Report on vaccination in Madras 1895-1903 - 1895-1903
Year: 1895
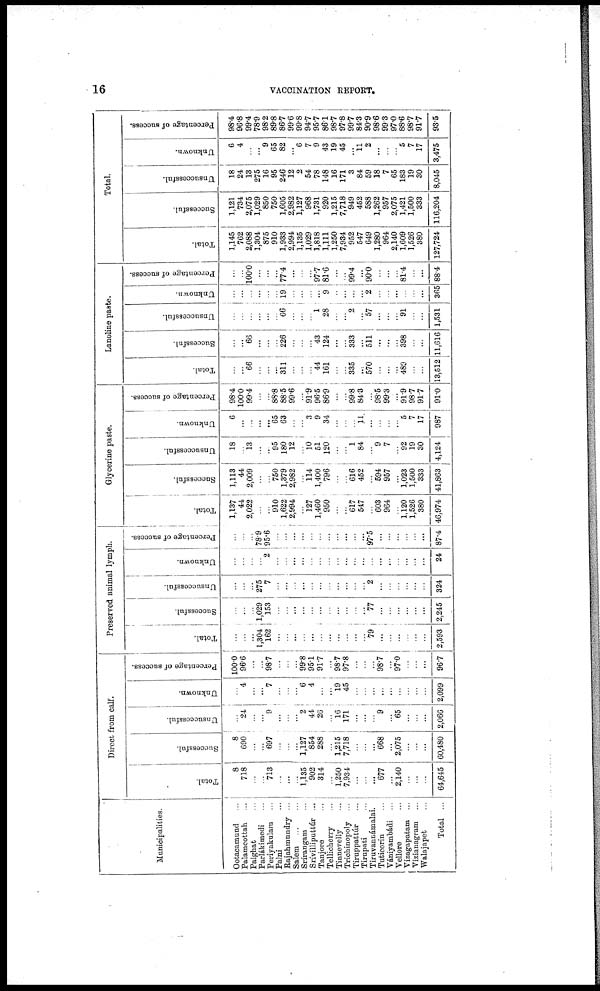
16
VACCINATION REPORT.
Municipalities.
Ootacamund ...
Palamcottah ...
Palghat ...
Parlákimedi ...
Periyakulam ...
Palni ...
Rajahumndry ...
Salem
...
...
Srírangam ...
Srívilliputtúr ...
Tanjore ...
Tellicherry ...
Tinnevelly ...
Trichinopoly ...
Tiruppattúr ...
Tirupati ...
Tiruvannámalai.
Tuticorin ...
Vániyambádi ...
Vellore ...
Vizagapatam ...
Vizianagram ...
Walajapet ...
Total ...
Direct from calf.
Total.
8
718
...
...
713
...
...
...
1,185
902
314
...
1,250
7,934
...
...
...
677
...
2,140
...
...
...
64,645
Successful.
8
690
...
...
697
...
...
...
1,127
854
288
...
1,215
7,718
...
...
...
668
...
2,075
...
...
...
60,480
Unsuccessful.
...
24
...
...
9
...
...
...
2
44
26
...
16
171
...
...
...
9
...
65
...
...
...
2,066
Unknown.
...
4
...
...
7
...
...
...
6
4
...
...
19
45
...
...
...
...
...
...
...
...
...
2,099
Percentage of success.
100.0
96.6
...
...
98.7
...
...
...
99.8
95.1
91.7
...
98.7
97.8
...
...
...
98.7
...
97.0
...
...
...
96.7
Preserved animal lymph.
Total.
...
...
...
1,304
162
...
...
...
...
...
...
...
...
...
...
...
79
...
...
...
...
...
...
2,593
Successful.
...
...
...
1,029
153
...
...
...
...
...
...
...
...
...
...
...
77
...
...
...
...
...
...
2,245
Unsuccessful.
...
...
...
275
7
...
...
...
...
...
...
...
...
...
...
...
2
...
...
...
...
...
...
324
Unknown.
...
...
...
...
'2
...
...
...
...
...
...
...
...
...
...
...
...
...
...
...
...
...
...
24
Percentage of success.
...
...
...
78.9
95.6
...
...
...
...
...
...
...
...
...
...
...
97.5
...
...
...
...
...
...
87.4
Glycerine paste.
Total.
1,137
44
2,022
...
...
910
1,622
2,994
...
127
1,460
950
...
...
617
547
...
603
964
...
1,120
1,526
380
46,974
Successful.
1,113
44
2,009
...
...
750
1,379
2,982
...
114
1,400
796
...
...
616
452
...
594
957
...
1,023
1,500
333
41,863
Unsuccessful.
18
...
13
...
...
95
180
12
...
10
51
120
...
...
1
84
...
9
7
...
92
19
30
4,124
Unknown.
6
...
...
...
...
65
63
...
...
3
9
34
...
...
...
11
...
...
...
...
5
7
17
987
Percentage of success.
98.4
100.0
99.4
...
...
88.8
88.5
99.6
...
91.9
96.5
86.9
...
...
99.8
84.3
...
98.5
99.3
...
91.9
98.7
91.7
91.0
Lanoline paste.
Total.
...
...
66
...
...
...
311
...
...
...
44
161
...
...
335
...
570
...
...
...
489
...
...
13,512
Successful.
...
...
66
...
...
...
226
...
...
...
43
124
...
...
333
...
511
...
...
...
398
...
...
11,616
Unsuccessful.
...
...
...
...
...
...
66
...
...
...
1
28
...
...
2
...
57
...
...
...
91
...
...
1,531
Unknown.
...
...
...
...
...
...
19
...
...
...
...
9
...
...
...
...
2
...
...
...
...
...
...
365
Percentage of success.
...
...
100.0
...
...
...
77.4
...
...
...
97.7
81.6
...
...
99.4
...
90.0
...
...
...
81.4
...
...
88.4
Total.
Total.
1,145
762
2,088
1,304
875
910
1,933
2,994
1,135
1,029
1,818
1,111
1,250
7,934
952
547
649
1,280
964
2,140
1,609
1,526
380
127,724
Successful.
1,121
734
2,075
1,029
850
750
1,605
2,982
1,127
968
1,731
920
1,215
7,718
949
452
588
1,262
957
2,075
1,421
1,500
333
116,204
Unsuccessful.
18
24
13
275
16
95
246
12
2
54
78
148
16
171
3
84
59
18
7
65
183
19
30
8,045
Unknown.
6
4
...
...
9
65
82
...
6
7
9
43
19
45
...
11
2
...
...
...
5
7
17
3,475
Percentage of success.
98.4
96.8
99.4
78.9
98.2
89.8
86.7
99.6
99.8
94.7
95.7
86.1
98.7
97.8
99.7
84.3
90.9
98.6
99.3
97.0
88.6
98.7
91.7
93.5